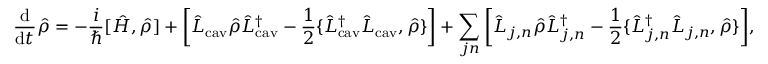
\frac { \mathrm { d } } { \mathrm { d } t } \hat { \rho } = - \frac { i } { \hbar } [ \hat { H } , \hat { \rho } ] + \bigg [ \hat { L } _ { \mathrm { c a v } } \hat { \rho } \hat { L } _ { \mathrm { c a v } } ^ { \dag } - \frac { 1 } { 2 } \{ \hat { L } _ { \mathrm { c a v } } ^ { \dag } \hat { L } _ { \mathrm { c a v } } , \hat { \rho } \} \bigg ] + \sum _ { j n } \bigg [ \hat { L } _ { j , n } \hat { \rho } \hat { L } _ { j , n } ^ { \dag } - \frac { 1 } { 2 } \{ \hat { L } _ { j , n } ^ { \dag } \hat { L } _ { j , n } , \hat { \rho } \} \bigg ] ,